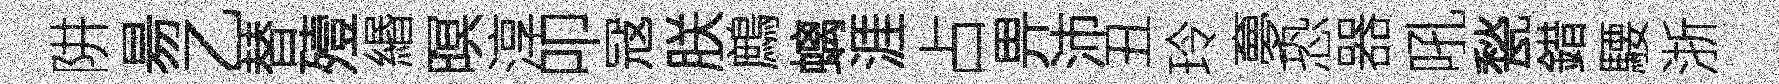
阱昜乙替殪緡暝淳叩冦朕鷓螭涯占畀沛丑玲夣恐器吼甃錯騕浙